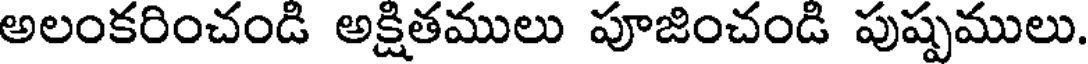
అలంకరించండి అక్షితములు పూజించండి పుష్పములు.